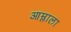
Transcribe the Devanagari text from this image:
आम्लाला